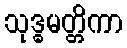
သုဒ္ဓမတ္တိကာ